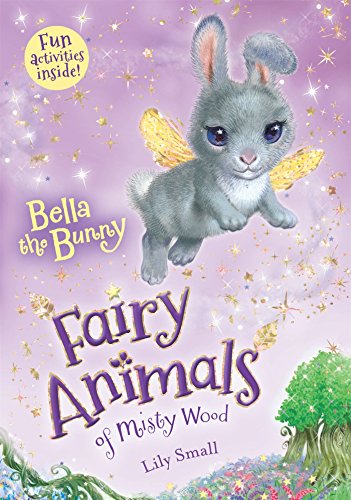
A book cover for Bella the Bunny (Fairy Animals of Misty Wood); Lily Small; Children's Books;